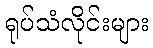
ရုပ်သံလိုင်းများ